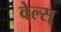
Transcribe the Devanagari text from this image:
वेल्स्